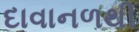
દાવાનળથી